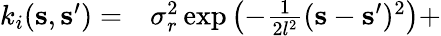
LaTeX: \begin{array}{rl}{k_{i}(\mathbf{s},\mathbf{s}^{\prime})=}&{{}\sigma_{r}^{2}\exp\left(-\frac{1}{2l^{2}}(\mathbf{s}-\mathbf{s}^{\prime})^{2}\right)+}\end{array}